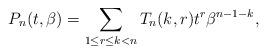
LaTeX: \begin{gather*}P_n(t,\beta)= \sum_{1 \le r \le k < n} T_n(k,r) t^{r} \beta^{n-1-k},\end{gather*}